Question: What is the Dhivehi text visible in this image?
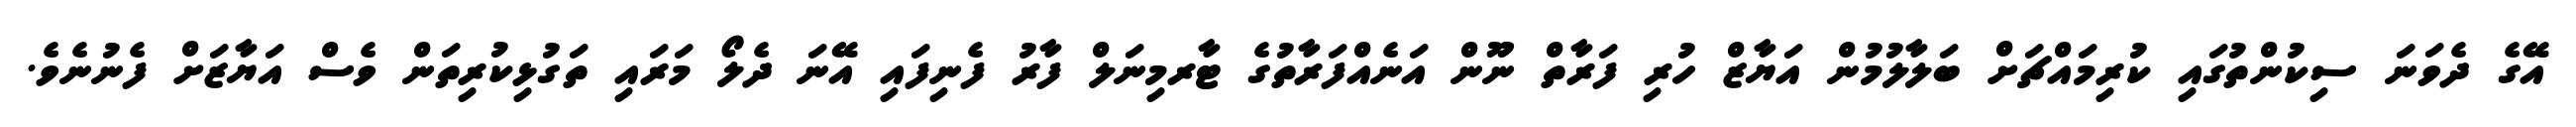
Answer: އޭގެ ދެވަނަ ސިކުންތުގައި ކުރިމައްޗަށް ބަލާލުމުން އަޔާޒް ހުރި ފަރާތް ނޫން އަނެއްފަރާތުގެ ޓާރމިނަލް ފާރު ފެނިފައި އޭނަ ދެލޯ މަރައި ތަގުޅިކުރިތަން ވެސް އަޔާޒަށް ފެނުނެވެ.